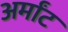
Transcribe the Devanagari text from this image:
अर्मांट